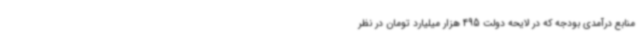
منابع درآمدی بودجه که در لایحه دولت 495 هزار میلیارد تومان در نظر